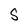
Character: S